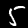
Digit: 5